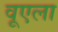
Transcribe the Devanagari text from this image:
वूएला